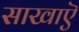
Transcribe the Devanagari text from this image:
साखाऎ